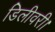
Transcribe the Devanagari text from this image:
डिलीवरी।